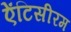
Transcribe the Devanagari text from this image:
ऐंटिसीरम